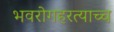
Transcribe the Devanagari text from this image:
भवरोगहरत्याच्च